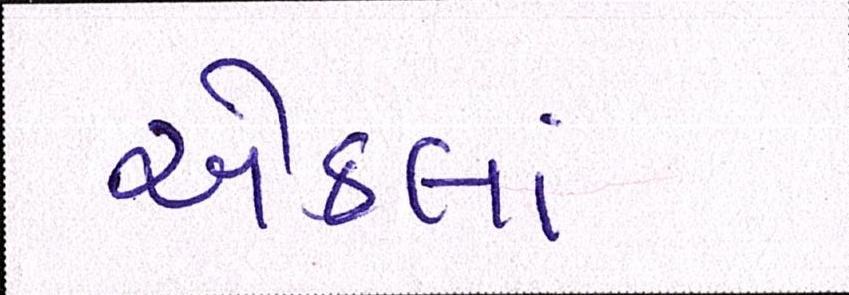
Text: એકલાં